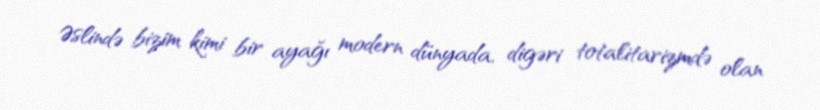
Əslində bizim kimi bir ayağı modern dünyada, digəri totalitarizmdə olan